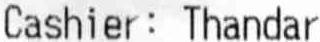
CASHIER: THANDAR